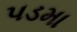
પડમા